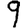
Digit: 9